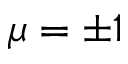
\mu = \pm 1